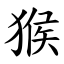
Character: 猴